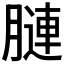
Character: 𦟪